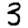
Digit: 3